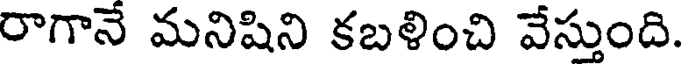
రాగానే మనిషిని కబళించి వేస్తుంది.